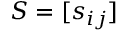
S = [ s _ { i j } ]